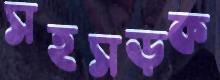
সহসড়ক